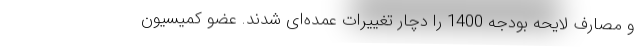
و مصارف لایحه بودجه 1400 را دچار تغییرات عمده‌ای شدند. عضو کمیسیون